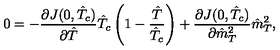
0 = - \frac { \partial J ( 0 , \hat { T } _ { c } ) } { \partial \hat { T } } \hat { T } _ { c } \left( 1 - \frac { \hat { T } } { \hat { T } _ { c } } \right) + \frac { \partial J ( 0 , \hat { T } _ { c } ) } { \partial \hat { m } _ { T } ^ { 2 } } \hat { m } _ { T } ^ { 2 } ,